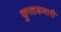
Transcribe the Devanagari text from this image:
कुरतडणारी